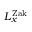
L _ { x } ^ { \mathrm { Z a k } }